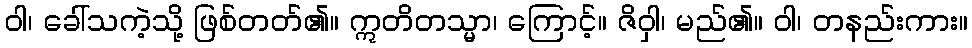
ဝါ၊ ခေါ်သကဲ့သို့ ဖြစ်တတ်၏။ ဣတိတသ္မာ၊ ကြောင့်။ ဇိဝှါ၊ မည်၏။ ဝါ၊ တနည်းကား။